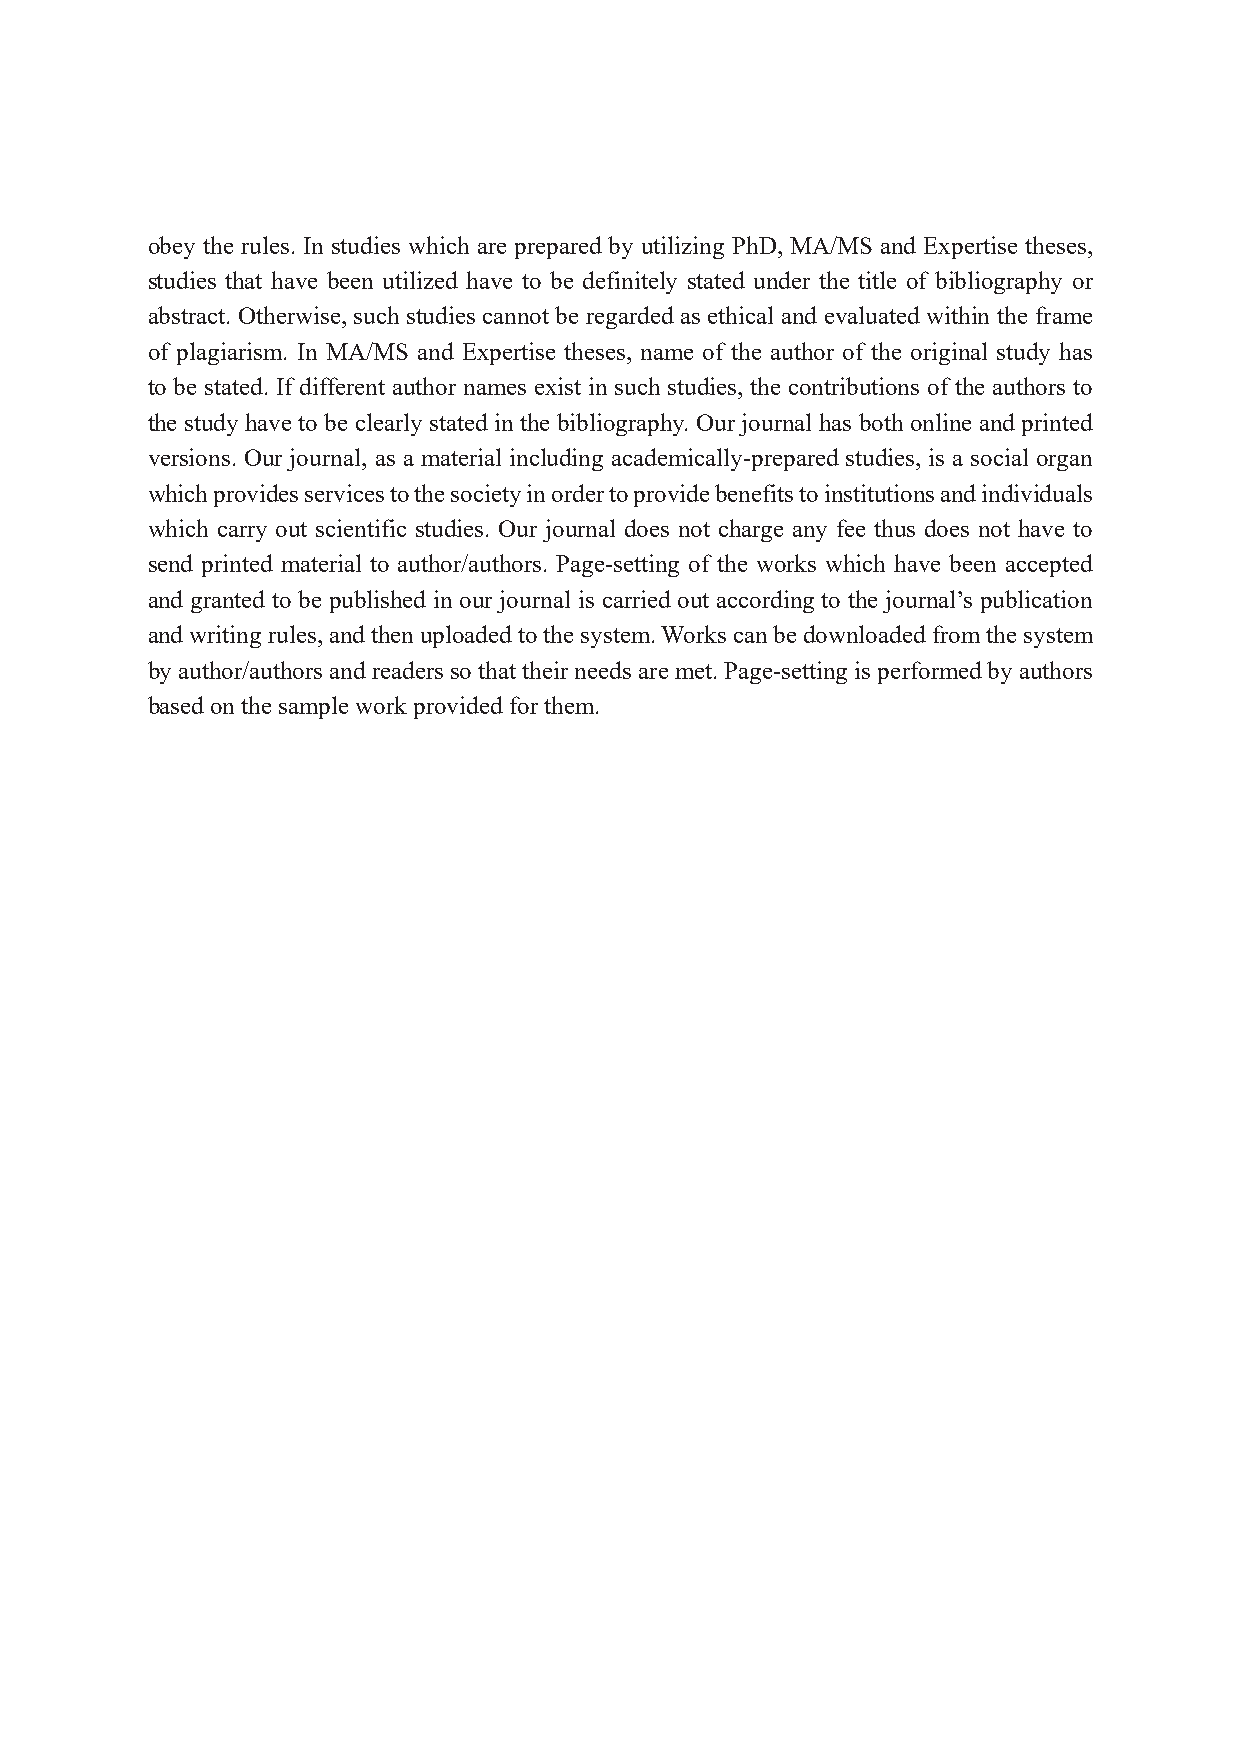
obey the rules. In studies which are prepared by utilizing PhD, MA/MS and Expertise theses,
 studies that have been utilized have to be definitely stated under the title of bibliography or
 abstract. Otherwise, such studies cannot be regarded as ethical and evaluated within the frame
 of plagiarism. In MA/MS and Expertise theses, name of the author of the original study has
 to be stated. If different author names exist in such studies, the contributions of the authors to
 the study have to be clearly stated in the bibliography. Our journal has both online and printed
 versions. Our journal, as a material including academically-prepared studies, is a social organ
 which provides services to the society in order to provide benefits to institutions and individuals
 which carry out scientific studies. Our journal does not charge any fee thus does not have to
 send printed material to author/authors. Page-setting of the works which have been accepted
 and granted to be published in our journal is carried out according to the journal’s publication
 and writing rules, and then uploaded to the system. Works can be downloaded from the system
 by author/authors and readers so that their needs are met. Page-setting is performed by authors
 based on the sample work provided for them.